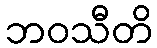
ဘဝသီတိ